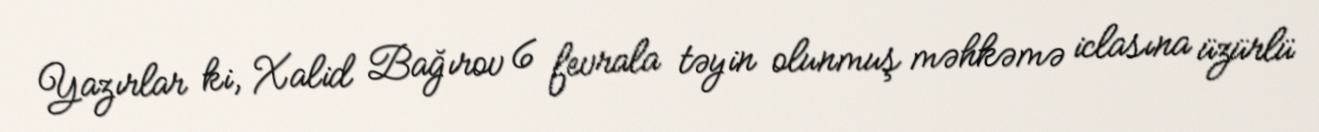
Yazırlar ki, Xalid Bağırov 6 fevrala təyin olunmuş məhkəmə iclasına üzürlü